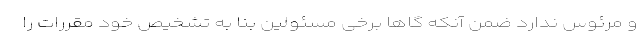
و مرئوس ندارد ضمن آنکه گاها برخی مسئولین بنا به تشخیص خود مقررات را